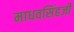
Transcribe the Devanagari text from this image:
माधवसिंहजी